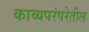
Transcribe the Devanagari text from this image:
काव्यपरंपरेतील